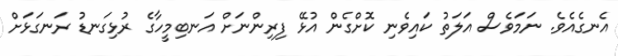
އެނގެއެވެ. ނަމަވެސް އަލަތު ކައިވެނި ކޮށްގެން އުޅޭ ފިރިންނަށް އަނބިމީހާގެ ރުޅިގަނޑު ރަނގަޅަށް